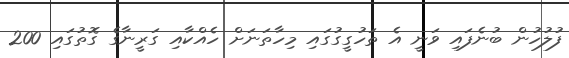
ފުލުހުން ބުނެފައި ވަނީ އެ ތަހުގީގުގައި މިހާތަނަށް ހެއްކާއި ގަރީނާގެ ގޮތުގައި 200